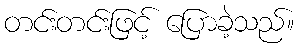
တင်းတင်းဖြင့် ပြောခဲ့သည်။